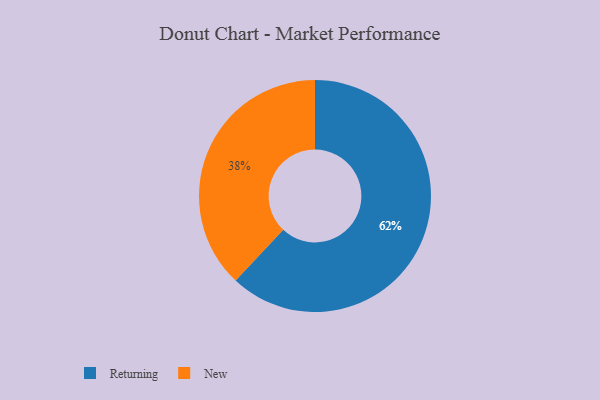
{"axis": {"x": "Category", "y": "Percentage"}, "legend": ["New", "Returning"], "data": [{"x": "Returning", "y": 62, "type": "Returning"}, {"x": "New", "y": 38, "type": "New"}]}